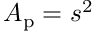
A _ { \mathrm { p } } = s ^ { 2 }